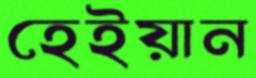
হেইয়ান